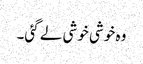
وہ خوشی خوشی لے گئی۔